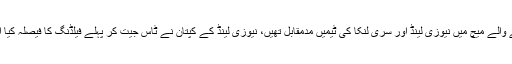
تفصیلات کے مطابق کارڈف میں ہونے والے میچ میں نیوزی لینڈ اور سری لنکا کی ٹیمیں مدمقابل تھیں، نیوزی لینڈ کے کپتان نے ٹاس جیت کر پہلے فیلڈنگ کا فیصلہ کیا اور سری لنکا کو بیٹنگ کی دعوت دی۔